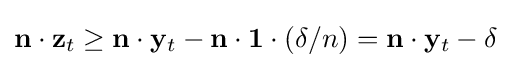
\mathbf {n} \cdot \mathbf {z} _{t}\geq \mathbf {n} \cdot \mathbf {y} _{t}-\mathbf {n} \cdot \mathbf {1} \cdot (\delta /n)=\mathbf {n} \cdot \mathbf {y} _{t}-\delta